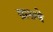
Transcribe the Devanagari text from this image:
ग्रासचे